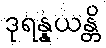
ဒုရန္နယန္တိ